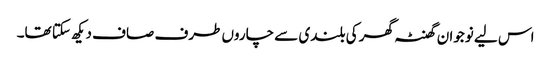
اس لیے نوجوان گھنٹہ گھر کی بلندی سے چاروں طرف صاف دیکھ سکتا تھا۔